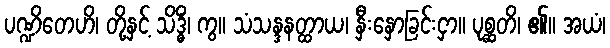
ပဏ္ဍိတေဟိ၊ တို့နှင့် သိဒ္ဓိံ၊ ကွ။ သံသန္ဒနတ္ထာယ၊ နှီးနှောခြင်းငှာ။ ပုစ္ဆတိ၊ ၏။ အယံ၊